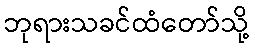
ဘုရားသခင်ထံတော်သို့